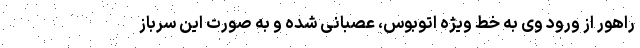
راهور از ورود وی به خط ویژه اتوبوس، عصبانی شده و به صورت این سرباز